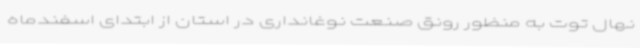
نهال توت به منظور رونق صنعت نوغانداری در استان از ابتدای اسفندماه